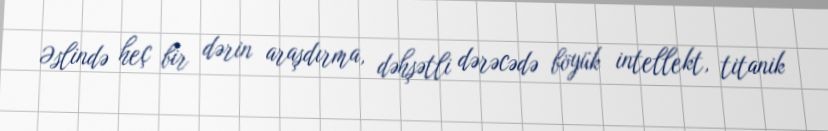
Əslində heç bir dərin araşdırma, dəhşətli dərəcədə böyük intellekt, titanik